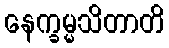
နေက္ခမ္မသိတာတိ